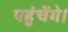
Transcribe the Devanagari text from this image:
पहुंचेंगे।